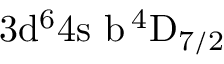
\mathrm { 3 d ^ { 6 } 4 s \ b \, ^ { 4 } D _ { 7 / 2 } }